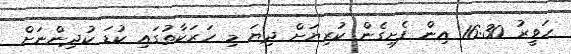
ހަވީރު 16:30 އިން ފެށިގެން ކުރިޔަށް ދިޔަ މި ހަރަކާތުގައި ކުޑަ ކުދިންނަށް